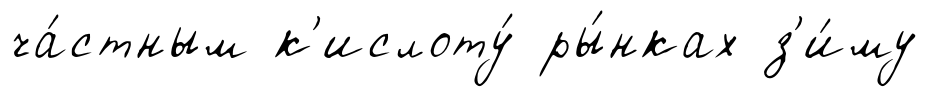
ча́стным к'ислоту́ ры́нках з'и́му